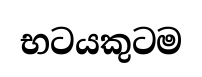
භටයකුටම